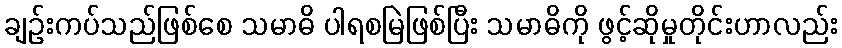
ချဉ်းကပ်သည်ဖြစ်စေ သမာဓိ ပါရစမြဲဖြစ်ပြီး သမာဓိကို ဖွင့်ဆိုမှုတိုင်းဟာလည်း